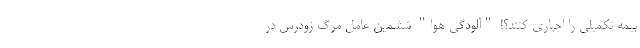
بیمه تکمیلی را اجباری کنند؟! "آلودگی هوا" ششمین عامل مرگ زودرس در